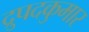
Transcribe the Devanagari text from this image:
द्रुपदकुमार